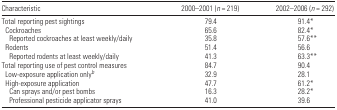
<table><thead><tr><td><b>Characteristic</b></td><td><b>2000–2001 (<i>n</i> = 219)</b></td><td><b>2002–2006 (<i>n</i> = 292)</b></td></tr></thead><tbody><tr><td>Total reporting pest sightings</td><td>79.4</td><td>91.4*</td></tr><tr><td> Cockroaches</td><td>65.6</td><td>82.4*</td></tr><tr><td>Reported cockroaches at least weekly/daily</td><td>35.8</td><td>57.6**</td></tr><tr><td> Rodents</td><td>51.4</td><td>56.6</td></tr><tr><td>Reported rodents at least weekly/daily</td><td>41.3</td><td>63.3**</td></tr><tr><td>Total reporting use of pest control measures</td><td>84.7</td><td>90.4</td></tr><tr><td> Low-exposure application onlyb</td><td>32.9</td><td>28.1</td></tr><tr><td> High-exposure application</td><td>47.7</td><td>61.2*</td></tr><tr><td>Can sprays and/or pest bombs</td><td>16.3</td><td>28.2*</td></tr><tr><td>Professional pesticide applicator sprays</td><td>41.0</td><td>39.6</td></tr></tbody></table>